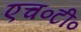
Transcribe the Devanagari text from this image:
एच०टी०